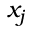
x _ { j }